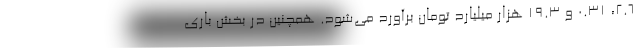
۲.۶، ۰.۳۱ و ۱۹.۳ هزار میلیارد تومان برآورد می‌شود. همچنین در بخش باری